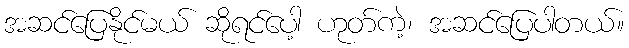
အဆင်ပြေနိုင်မယ် ဆိုရင်ပေါ့ ဟုတ်ကဲ့၊ အဆင်ပြေပါတယ်။